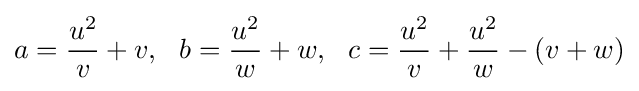
a={\frac {u^{2}}{v}}+v,\ \ b={\frac {u^{2}}{w}}+w,\ \ c={\frac {u^{2}}{v}}+{\frac {u^{2}}{w}}-(v+w)